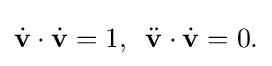
\displaystyle {{\dot {\mathbf {v} }}\cdot {\dot {\mathbf {v} }}=1,\,\,\,{\ddot {\mathbf {v} }}\cdot {\dot {\mathbf {v} }}=0.}